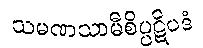
သမဏသာမီစိပ္ပဋိပဒံ